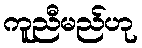
ကူညီမည်ဟု